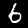
Digit: 6